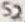
Text: S2